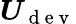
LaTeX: \boldsymbol{U}_{\mathrm{~d~e~v~}}